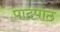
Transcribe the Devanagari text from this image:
पादपाठ